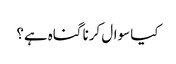
کیا سوال کرنا گناہ ہے؟